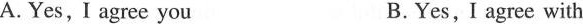
A.Yes,I agree you B.Yes,I agree with